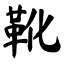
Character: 靴